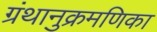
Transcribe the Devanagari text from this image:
ग्रंथानुक्रमणिका